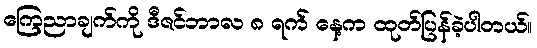
ကြေညာချက်ကို ဒီဇင်ဘာလ ၈ ရက် နေ့က ထုတ်ပြန်ခဲ့ပါတယ်။